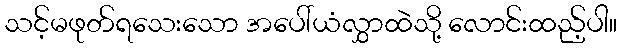
သင့်မဖုတ်ရသေးသော အပေါ်ယံလွှာထဲသို့ လောင်းထည့်ပါ။